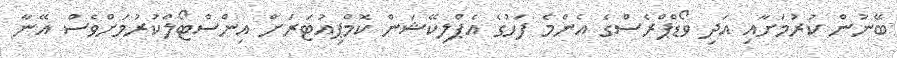
ބޭނުން ކުރުމަށާއި އަދި ވޯޑްޕްރެސްގެ އެންމެ ފަހުގެ އެޕްލިކޭޝަން ކޮމްޕިއުޓަރަށް އިންސްޓޯލްކުރުމަށްވެސް އޭނާ